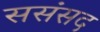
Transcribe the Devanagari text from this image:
ससंसद